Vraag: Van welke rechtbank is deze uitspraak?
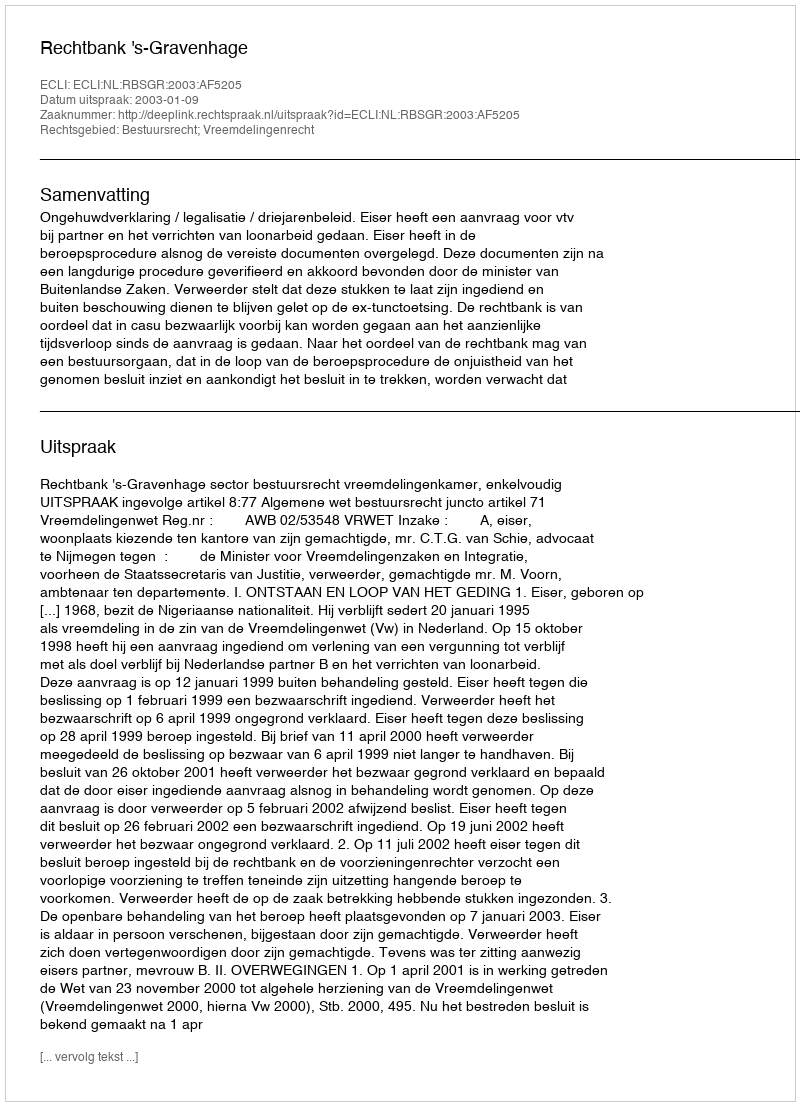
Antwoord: Rechtbank 's-Gravenhage